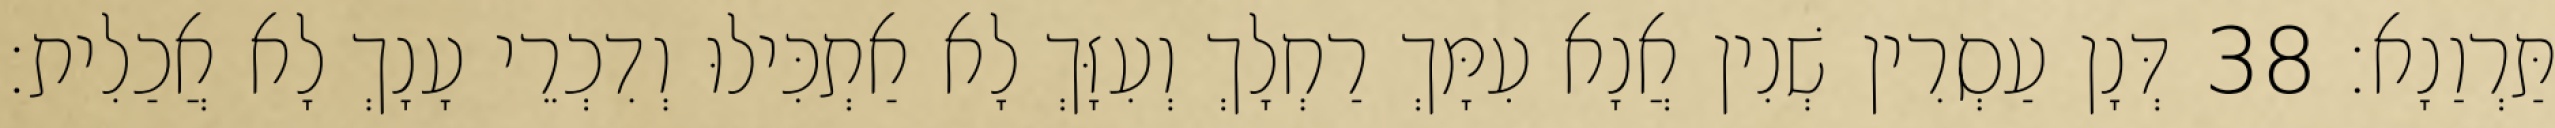
תַּרְוַנָא׃ 38 דְּנָן עַסְרִין שְׁנִין אֲנָא עִמָּךְ רַחְלָךְ וְעִזָּךְ לָא אַתְכִּילוּ וְדִכְרֵי עָנָךְ לָא אֲכַלִית׃